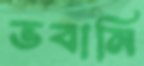
ভবানি